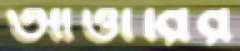
আত্তারির